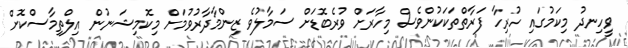
ވީހިނދު މިކަމުގައި ހުރިހާ ފަރާތްތަކަކުންވެސް މިހާރަށް ވުރެބޮޑަށް ސަމާލުވެ ޒިންމާދާރުވުމަށް މިކޮމިޝަނުން އިލްތިމާސްކޮށް